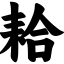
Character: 耠